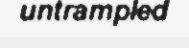
untrampled